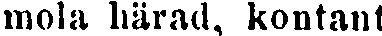
mola härad, kontant